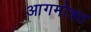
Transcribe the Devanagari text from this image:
आगमोक्त